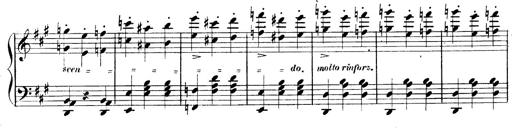
Title: 3 Caprices-Valses
Composer: Franz Liszt